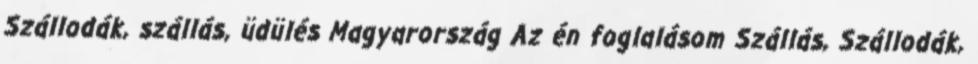
Szállodák, szállás, üdülés Magyarország Az én foglalásom Szállás, Szállodák,